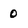
Character: 0